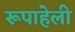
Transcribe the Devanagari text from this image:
रूपाहेली